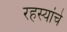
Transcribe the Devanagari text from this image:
रहस्यांचे